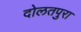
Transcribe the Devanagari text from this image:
दोलतपुरा